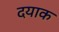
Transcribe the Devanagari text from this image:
दयाक